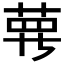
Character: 𦲿